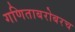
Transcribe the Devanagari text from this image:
गणिताबरोबरच